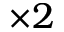
\times 2